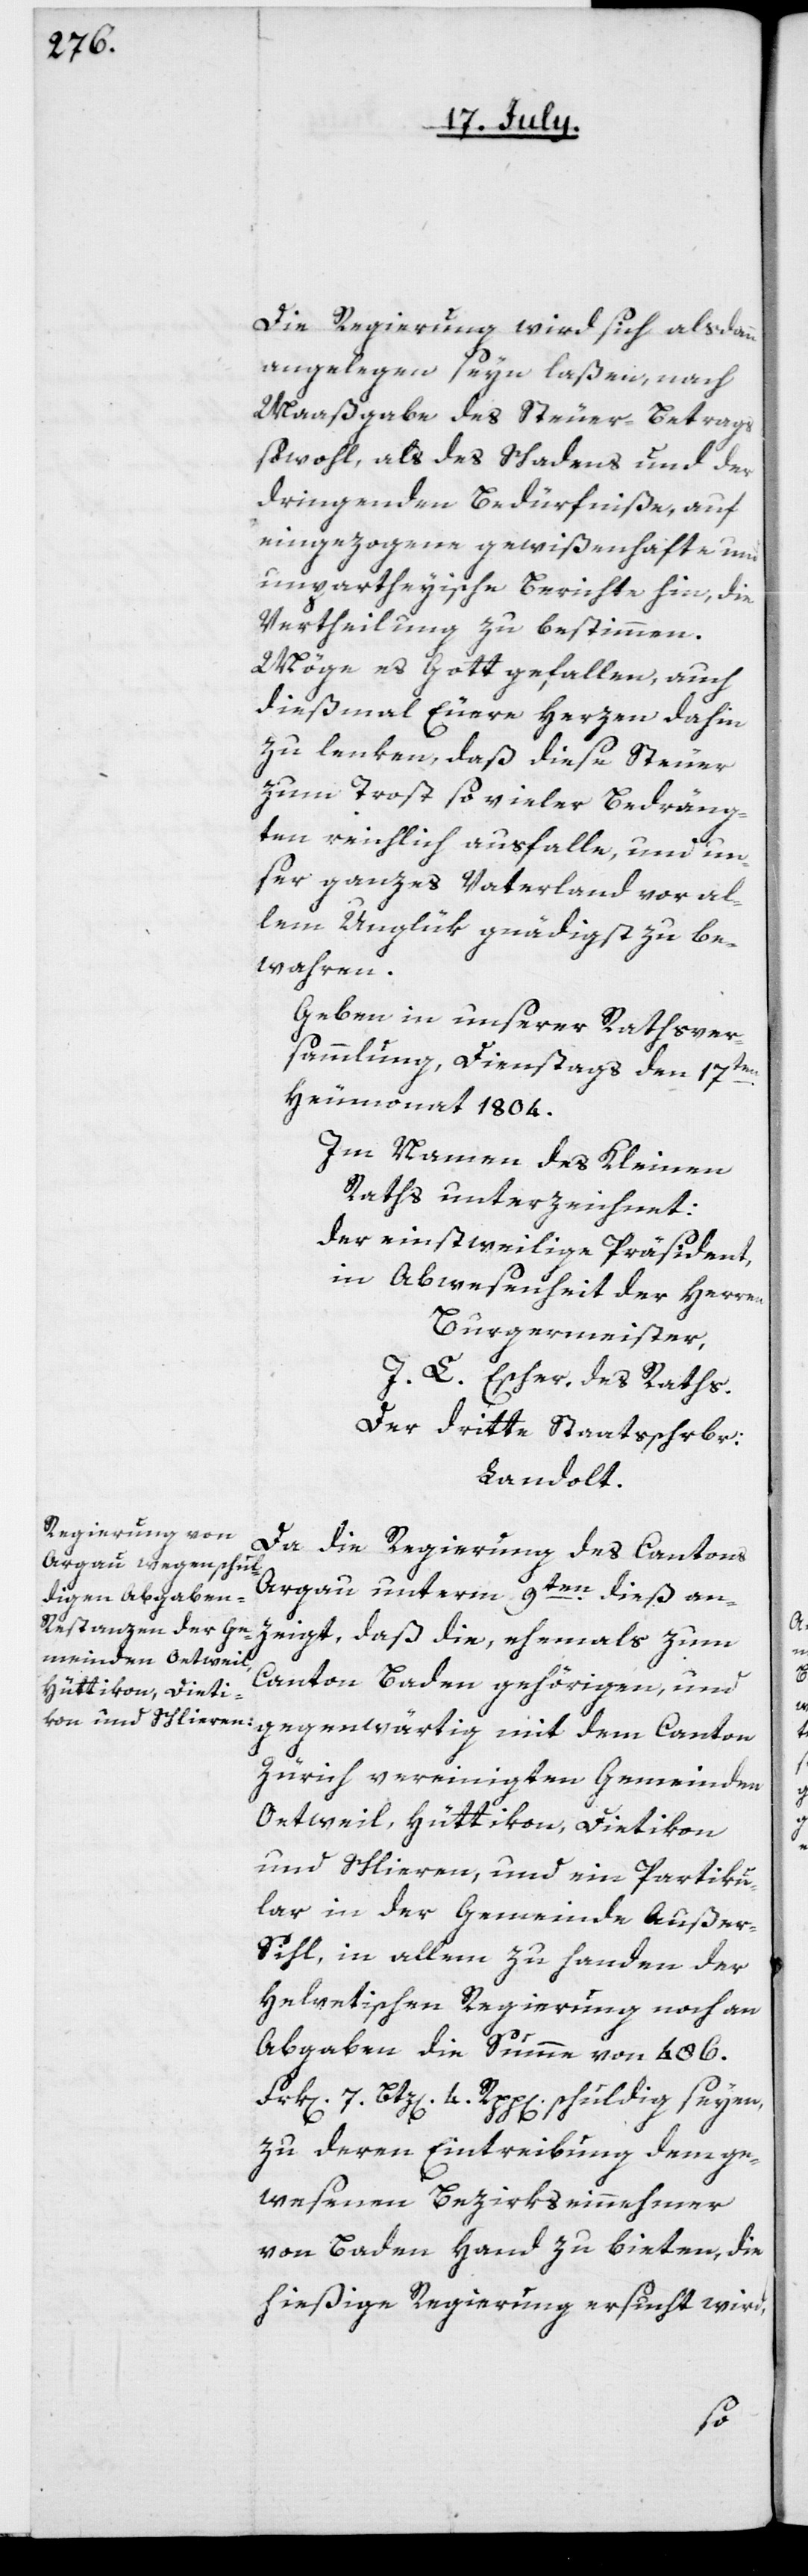
Die Regierung wird sich alsdann
angelegen seyn laßen, nach
Maaßgabe des Steuer-Betrags
sowohl, als des Schadens und der
dringenden Bedürfniße, auf
eingezogene gewißenhafte und
unpartheyische Berichte hin, die
Vertheilung zu bestimmen.
Möge es Gott gefallen, auch
dießmal Euere Herzen dahin
zu lenken, daß diese Steuer
zum Trost so vieler Bedräng¬
ten reichlich ausfalle, und un¬
ser ganzes Vaterland vor al¬
lem Unglük gnädigst zu be¬
wahren.
Geben in unserer Rathsver¬
sammlung, Dienstags den 17ten
Heumonat 1804.
Im Namen des Kleinen
Raths unterzeichnet:
Der einstweilige Präsident,
in Abwesenheit der Herren
Burgermeister,
J. L. Escher, des Raths.
Der dritte Staatsschrbr:
Landolt.
Da die Regierung des Cantons
Argau unterm 9ten dieß an¬
zeigt, daß die, ehemals zum
Canton Baden gehörigen, und
gegenwärtig mit dem Canton
Zürich vereinigten Gemeinden
Oetweil, Hüttikon, Dietikon
und Schlieren, und ein Partiku¬
lar in der Gemeinde Auße¬
r-Sihl, in allem zu Handen der
Helvetischen Regierung noch an
Abgaben die Summe von 486.
4.
zu deren Eintreibung dem ge¬
wesenen Bezirkseinnehmer
von Baden Hand zu bieten, die
hießige Regierung ersucht wird,